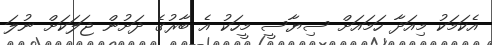
އެކަމަކު މިއަދާ ހަމައަށް ސިޔާސީ މީހަކު އެ ބާރުގެ ދަށުން ޖަލަކަށް ނުލަ